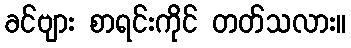
ခင်ဗျား စာရင်းကိုင် တတ်သလား။